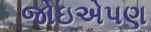
જોઇએપણ